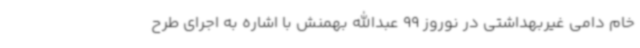
خام دامی غیربهداشتی در نوروز 99 عبدالله بهمنش با اشاره به اجرای طرح